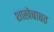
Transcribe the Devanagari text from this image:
शाखेबाबत